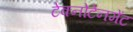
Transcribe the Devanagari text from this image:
टेक्नोटेनमेंट